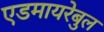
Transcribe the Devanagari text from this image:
एडमायरेबुल